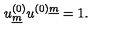
u _ { \underline { { m } } } ^ { ( 0 ) } u ^ { ( 0 ) \underline { { m } } } = 1 .